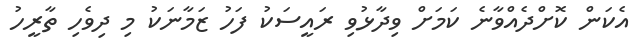
އެކަން ކޮށްދެއްވާނެ ކަމަށް ވިދާޅުވި ރައީސަކު ފަހު ޒަމާނަކު މި ދިވެހި ތާރީހު